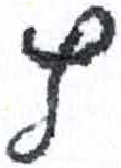
אות: ץ